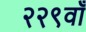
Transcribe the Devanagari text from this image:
२२९वाँ